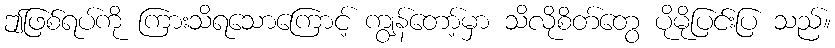
ဤဖြစ်ရပ်ကို ကြားသိရသောကြောင့် ကျွန်တော့်မှာ သိလိုစိတ်တွေ ပိုမိုပြင်းပြ သည်။